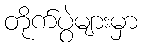
တိုက်ပွဲများမှာ